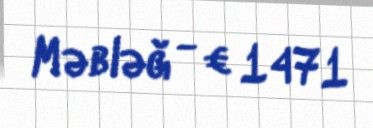
Məbləğ - € 1471